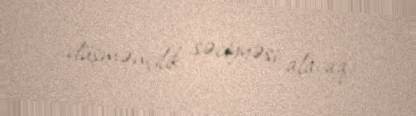
düşmənçilik səciyyəsi alacaq.